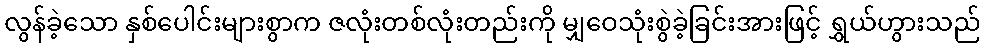
လွန်ခဲ့သော နှစ်ပေါင်းများစွာက ဇလုံးတစ်လုံးတည်းကို မျှဝေသုံးစွဲခဲ့ခြင်းအားဖြင့် ရွှယ်ဟွားသည်